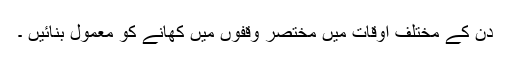
دن کے مختلف اوقات میں مختصر وقفوں میں کھانے کو معمول بنائیں ۔